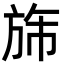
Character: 旆